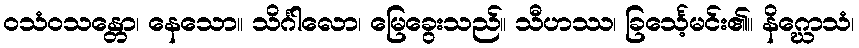
ဝသံဝသန္တော၊ နေသော။ သိင်္ဂါလော၊ မြေခွေးသည်။ သီဟဿ၊ ခြင်္သေ့မင်း၏။ နိဂ္ဃောသံ၊